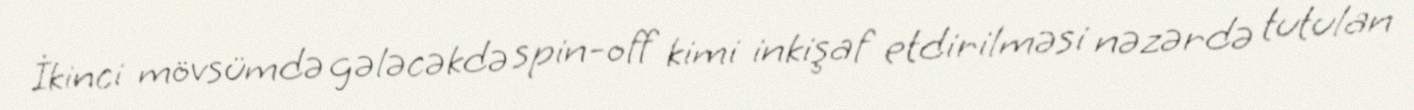
İkinci mövsümdə gələcəkdə spin-off kimi inkişaf etdirilməsi nəzərdə tutulan